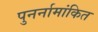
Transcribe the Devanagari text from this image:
पुनर्नामांकित